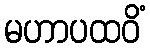
မဟာပထဝိံ